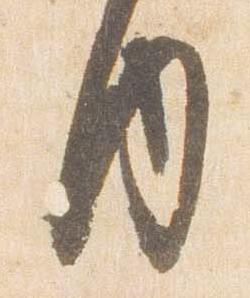
内